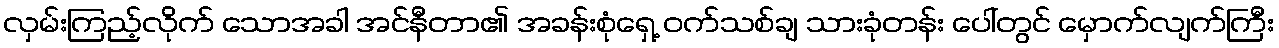
လှမ်းကြည့်လိုက် သောအခါ အင်နီတာ၏ အခန်းစုံရှေ့ ဝက်သစ်ချ သားခုံတန်း ပေါ်တွင် မှောက်လျက်ကြီး